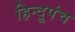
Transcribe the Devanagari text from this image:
हिन्दूपंच